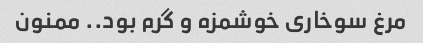
مرغ سوخاری خوشمزه و گرم بود.. ممنون